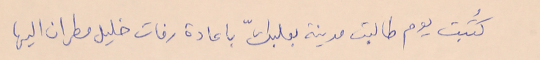
كُتبت يوم طالبت مدينة بعلبكّ باعادة رفات خليل مطران اليها